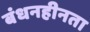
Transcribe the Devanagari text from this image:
बंधनहीनता